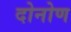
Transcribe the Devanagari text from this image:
दोनोण